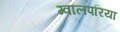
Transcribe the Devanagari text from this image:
ग्वालपरिया